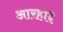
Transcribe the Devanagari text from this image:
आरहा३